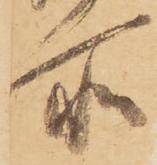
所